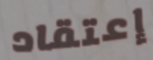
إعتقاد